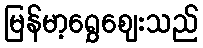
မြန်မာ့ရွှေဈေးသည်